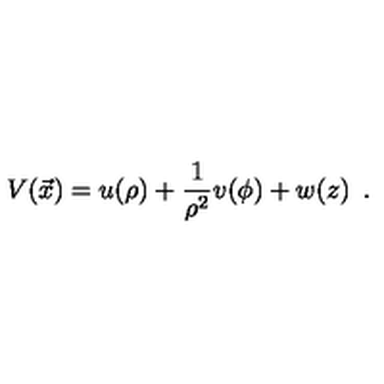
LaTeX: V ( \vec { x } ) = u ( \rho ) + { \frac { 1 } { \rho ^ { 2 } } } v ( \phi ) + w ( z ) \enspace .